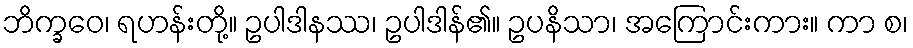
ဘိက္ခဝေ၊ ရဟန်းတို့။ ဥပါဒါနဿ၊ ဥပါဒါန်၏။ ဥပနိသာ၊ အကြောင်းကား။ ကာ စ၊